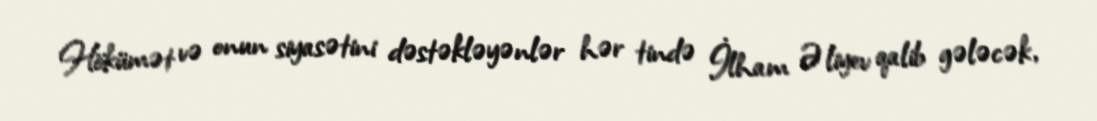
Hökümət və onun siyasətini dəstəkləyənlər hər tində İlham Əliyev qalib gələcək,